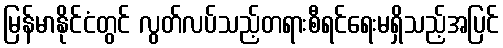
မြန်မာနိုင်ငံတွင် လွတ်လပ်သည့်တရားစီရင်ရေးမရှိသည့်အပြင်